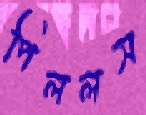
পিললস